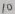
Text: 10